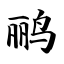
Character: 鹂